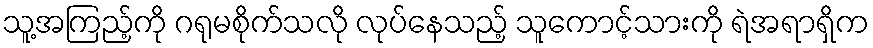
သူ့အကြည့်ကို ဂရုမစိုက်သလို လုပ်နေသည့် သူကောင့်သားကို ရဲအရာရှိက